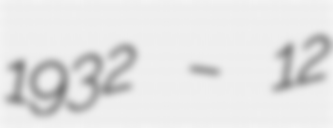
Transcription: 1932 – 12